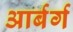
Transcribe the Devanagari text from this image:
आर्बर्ग